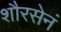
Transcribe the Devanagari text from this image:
शौरसेनं